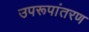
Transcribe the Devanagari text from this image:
उपरूपांतरण